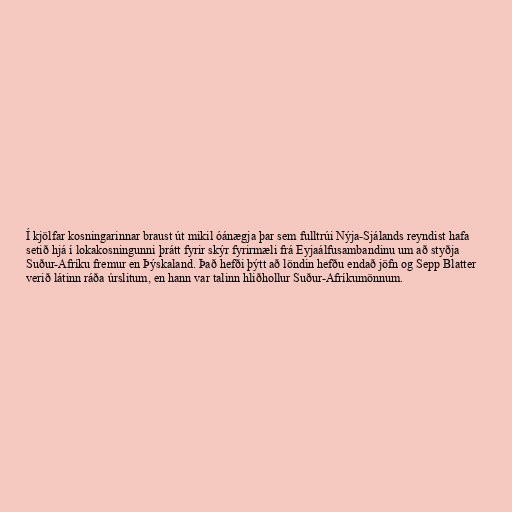
Í kjölfar kosningarinnar braust út mikil óánægja þar sem fulltrúi Nýja-Sjálands reyndist hafa
setið hjá í lokakosningunni þrátt fyrir skýr fyrirmæli frá Eyjaálfusambandinu um að styðja
Suður-Afríku fremur en Þýskaland. Það hefði þýtt að löndin hefðu endað jöfn og Sepp Blatter
verið látinn ráða úrslitum, en hann var talinn hliðhollur Suður-Afríkumönnum.